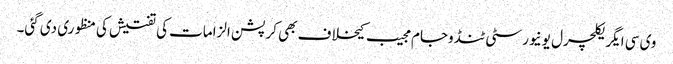
وی سی ایگریکلچرل یونیورسٹی ٹنڈوجام مجیب کیخلاف بھی کرپشن الزامات کی تفتیش کی منظوری دی گئی۔